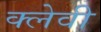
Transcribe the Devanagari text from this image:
क्लेवी